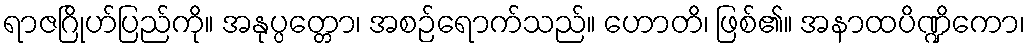
ရာဇဂြိုဟ်ပြည်ကို။ အနုပ္ပတ္တော၊ အစဉ်ရောက်သည်။ ဟောတိ၊ ဖြစ်၏။ အနာထပိဏ္ဍိကော၊